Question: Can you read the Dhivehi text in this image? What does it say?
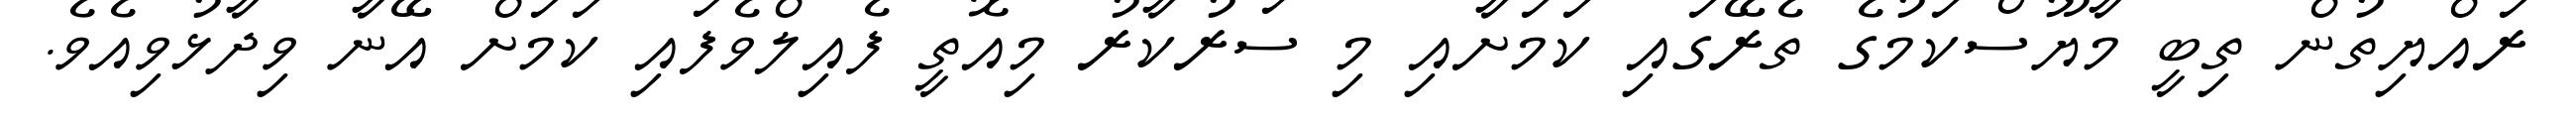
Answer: ރައްޔިތުން ތިބީ މާޔޫސްކަމުގެ ތެރޭގައި ކަމަށާއި މި ސަރުކާރު މިއޮތީ ފެއިލްވެފައި ކަމަށް އޭނާ ވިދާޅުވިއެވެ.